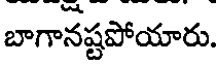
బాగానష్టపోయారు.